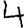
Digit: 4